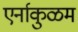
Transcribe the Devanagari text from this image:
एर्नाकुळम